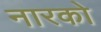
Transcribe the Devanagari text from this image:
नारको